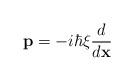
LaTeX: \begin{align*}\textbf{p}=-i\hbar\xi\frac{d}{d\textbf{x}}\end{align*}